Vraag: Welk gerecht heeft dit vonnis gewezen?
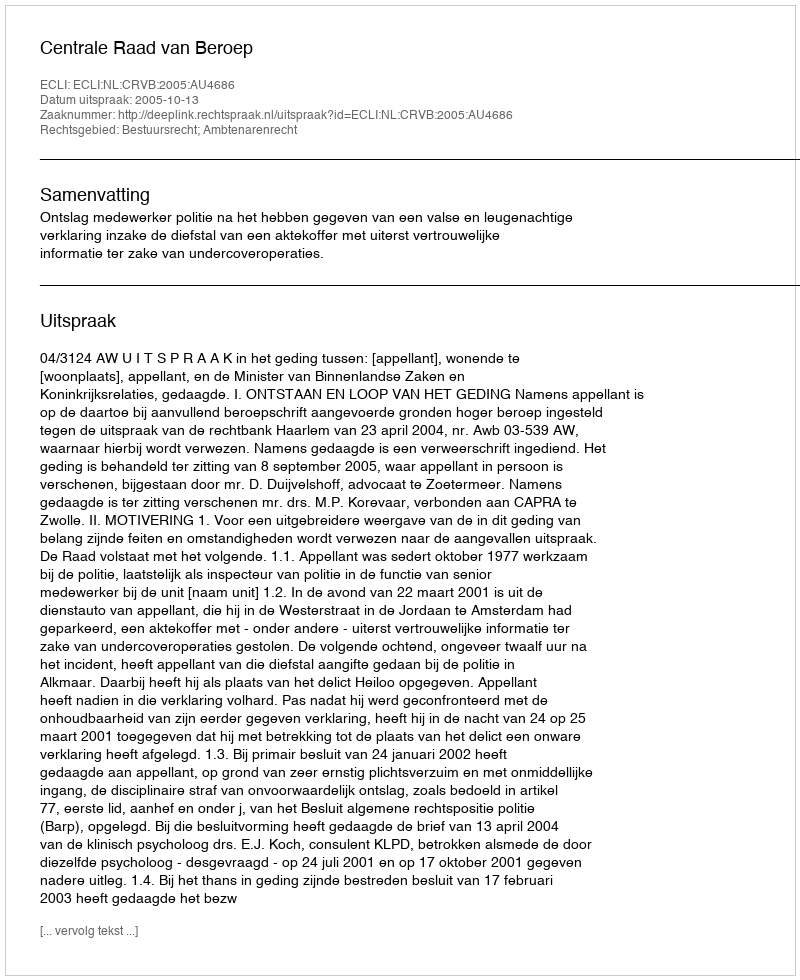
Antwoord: Centrale Raad van Beroep